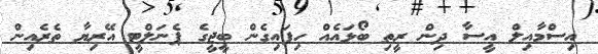
އިސްމާއިލް އީސާ ދިން ރީތި ބޯޅައެއް ހިފައިގެން ބީޖީގެ ޕެނަލްޓީ އޭރިޔާ ތެރެއިން